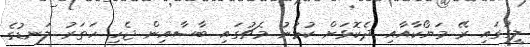
ލީގުގައި ރޭ މަޔޯކާއާއި ދެކޮޅަށް ކުޅުނު މެޗުގައި ބާސާއިން ޖެހި ހަތަރު ލަނޑުގެ